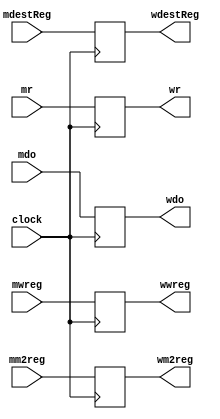
`timescale 1ns / 1ps
//////////////////////////////////////////////////////////////////////////////////
// Company: 
// Engineer: 
// 
// Design Name: 
// Module Name: MEMWB_pipeline_register
// Project Name: 
// Target Devices: 
// Tool Versions: 
// Description: 
// 
// Dependencies: 
// 
// Revision:
// Revision 0.01 - File Created
// Additional Comments:
// 
//////////////////////////////////////////////////////////////////////////////////


module MEMWB_pipeline_register(
    input mwreg,
    input mm2reg,
    input [4:0] mdestReg,
    input [31:0] mr,
    input [31:0] mdo,
    input clock,
    output reg wwreg,
    output reg wm2reg,
    output reg [4:0] wdestReg,
    output reg [31:0] wr,
    output reg[31:0] wdo
    );
    always @(posedge clock) begin
        wwreg    <= mwreg;
        wm2reg   <= mm2reg;
        wdestReg <= mdestReg;
        wr       <= mr;
        wdo      <= mdo;
    end
    
    
endmodule